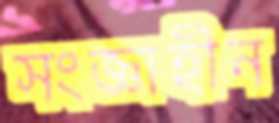
সংজ্ঞাহীন